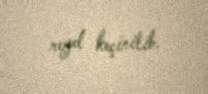
reyd keçirilib.